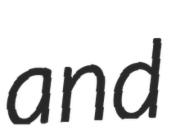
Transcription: and